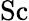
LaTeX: \mathrm{Sc}